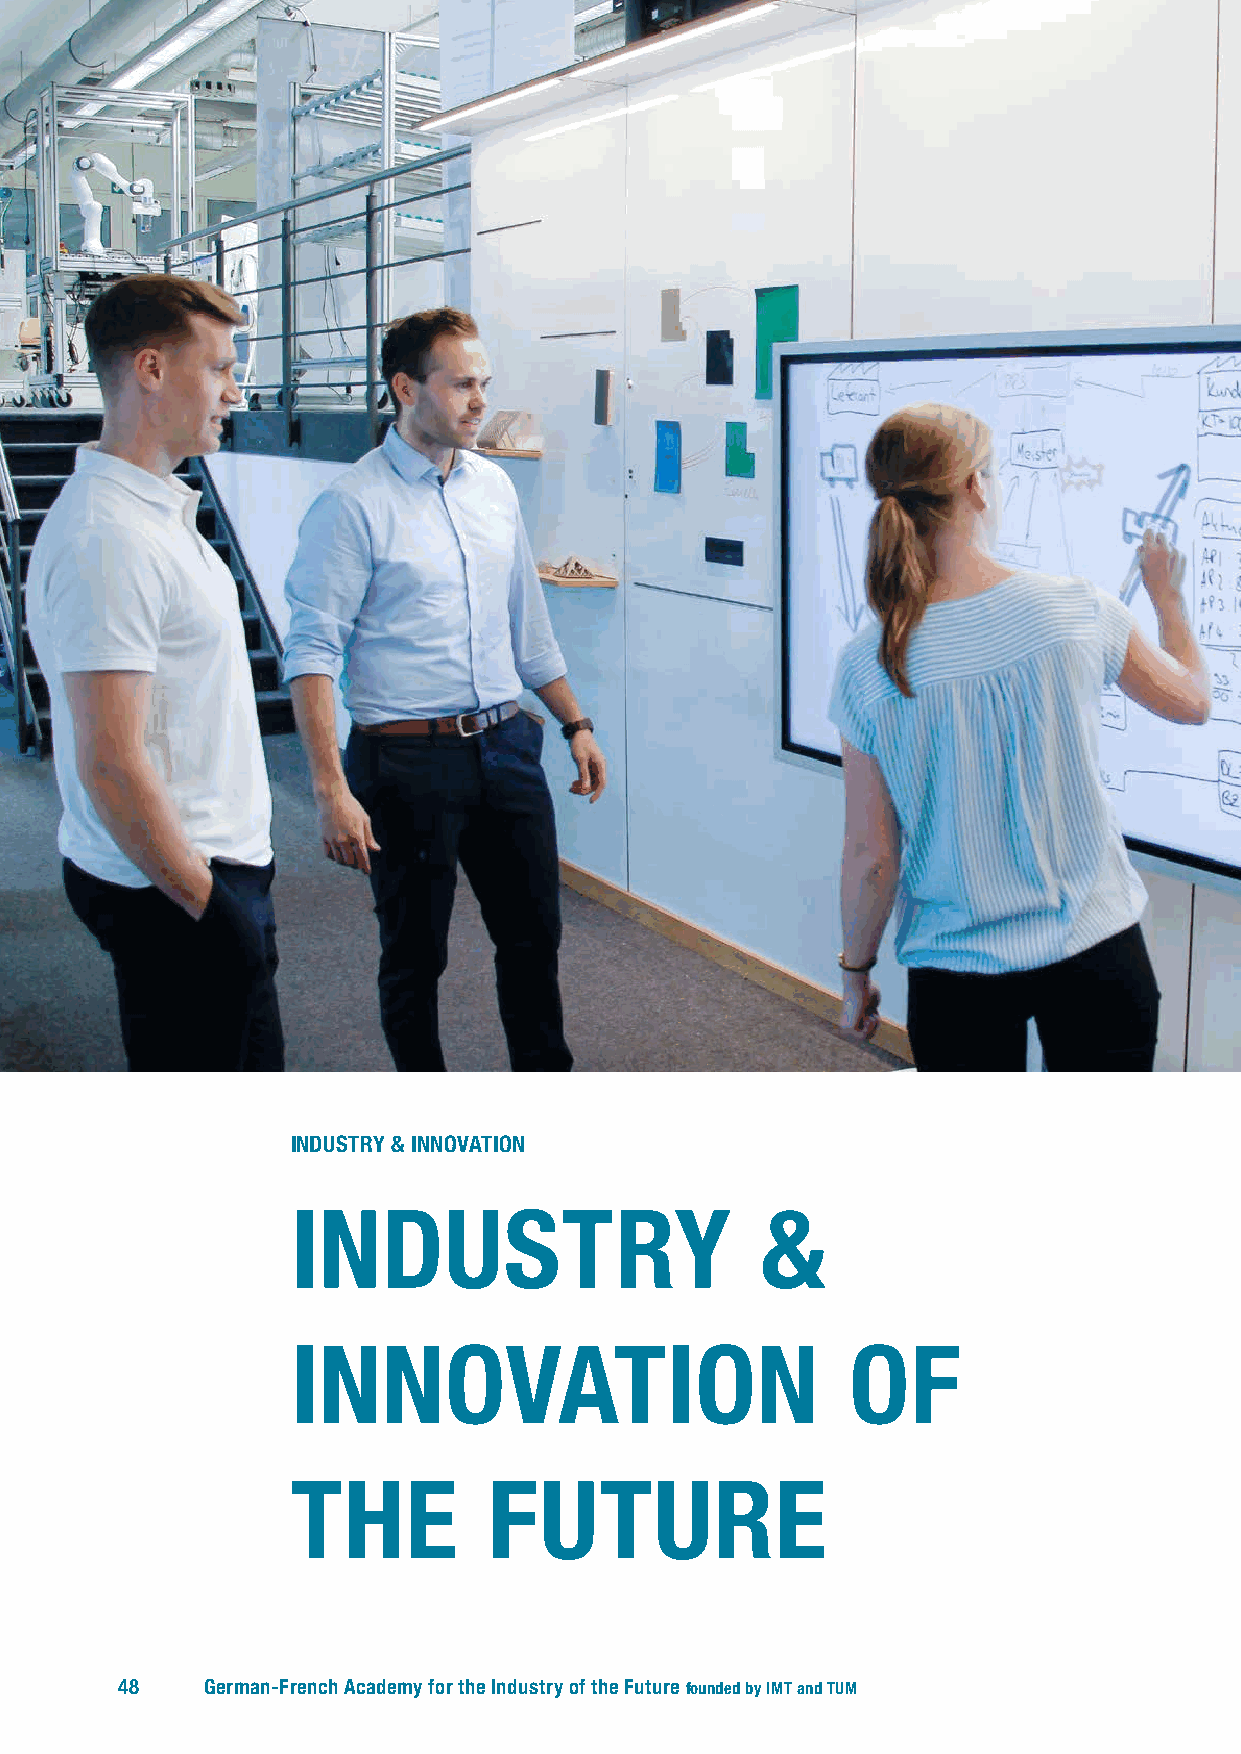
INDUSTRY & INNOVATION
 INDUSTRY                       &
 I NNOVATION                          OF
 THE          FUTURE
 48    German-French Academy for the Industry of the Future founded by IMT and TUM